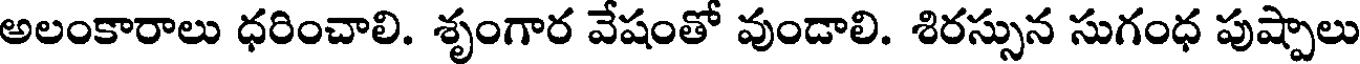
అలంకారాలు ధరించాలి. శృంగార వేషంతో వుండాలి. శిరస్సున సుగంధ పుష్పాలు